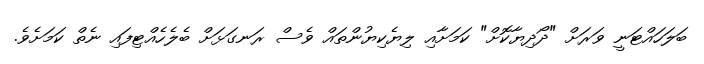
ބަލަހައްޓަަނީ ވަރަށް "ދޯދިޔާކޮށް" ކަމަށާއި ލިޔެކިޔުންތައް ވެސް ރަނގަޅަށް ބެލެހެއްޓިފައި ނެތް ކަމަށެވެ.